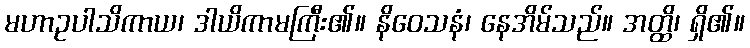
မဟာဥပါသိကာယ၊ ဒါယိကာမကြီး၏။ နိဝေသနံ၊ နေအိမ်သည်။ အတ္ထိ၊ ရှိ၏။